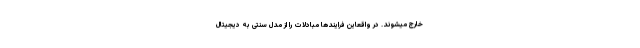
خارج میشوند. در واقعاین فرایندها مبادلات را از مدل سنتی به دیجیتال